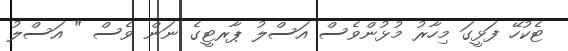
ޓެކުހޭ ފަޅީގަ މިހާރު މުޅުންވެސް އަސްލު ޕާރޓީގެ ނަން ވެސް " އަސްލު